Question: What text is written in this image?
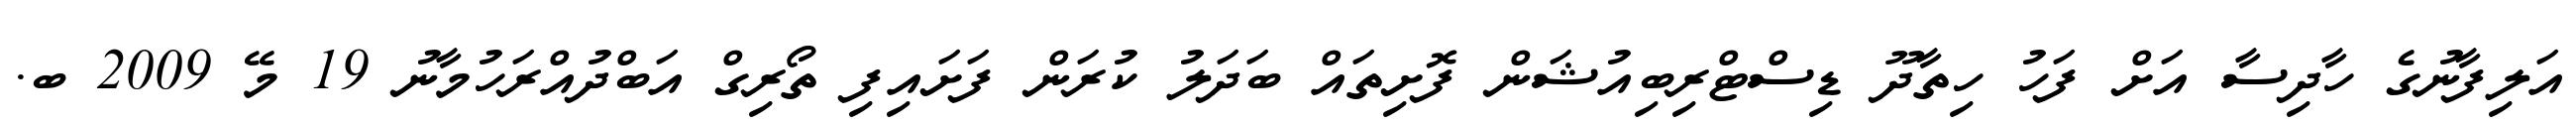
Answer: އަލިފާނުގެ ހާދިސާ އަށް ފަހު ހިތާދޫ ޑިސްޓްރިބިއުޝަން ފޮށިތައް ބަދަލު ކުރަން ފަށައިފި ތޯރިގް އަބްދުއްރަހުމާނު 19 މޭ 2009 ބ.